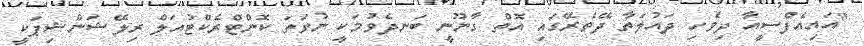
"އައިއެފްސީއާ ދިވެހި ދައުލަތާ ދޭތެރޭގައި އޮތް ގާނޫނީ ބަނދެވުމަކީ ނުވަތަ ކޮންޓްރެކްޓުއަލް ރިލޭޝަންޝިޕަކީ